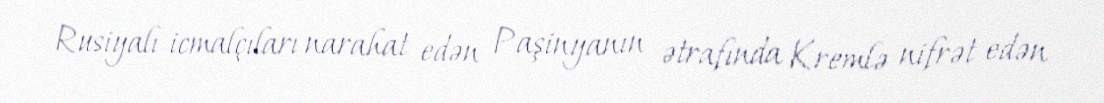
Rusiyalı icmalçıları narahat edən Paşinyanın ətrafında Kremlə nifrət edən